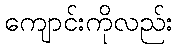
ကျောင်းကိုလည်း